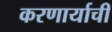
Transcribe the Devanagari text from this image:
करणार्याची